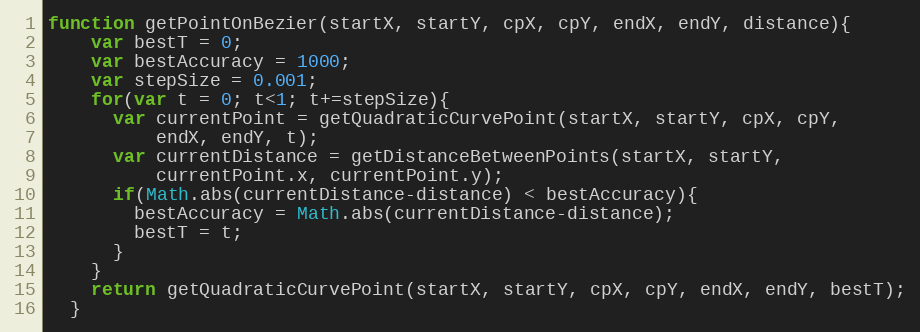
Language: JavaScript
function getPointOnBezier(startX, startY, cpX, cpY, endX, endY, distance){
    var bestT = 0;
    var bestAccuracy = 1000;
    var stepSize = 0.001;
    for(var t = 0; t<1; t+=stepSize){
      var currentPoint = getQuadraticCurvePoint(startX, startY, cpX, cpY,
          endX, endY, t);
      var currentDistance = getDistanceBetweenPoints(startX, startY,
          currentPoint.x, currentPoint.y);
      if(Math.abs(currentDistance-distance) < bestAccuracy){
        bestAccuracy = Math.abs(currentDistance-distance);
        bestT = t;
      }
    }
    return getQuadraticCurvePoint(startX, startY, cpX, cpY, endX, endY, bestT);
  }